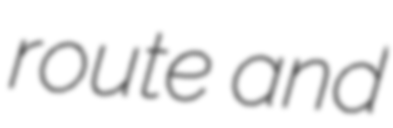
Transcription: route and